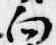
向